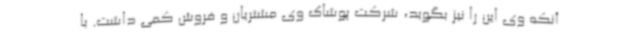
آنکه وی این را نیز بگوید، شرکت پوشاک وی مشتریان و فروش کمی داشت. با